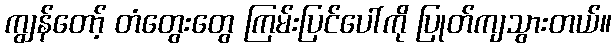
ကျွန်တော့် တံတွေးတွေ ကြမ်းပြင်ပေါ်ကို ပြုတ်ကျသွားတယ်။